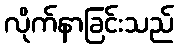
လိုက်နာခြင်းသည်